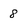
Character: 8